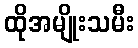
ထိုအမျိုးသမီး